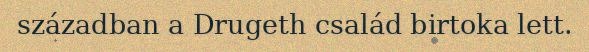
században a Drugeth család birtoka lett.